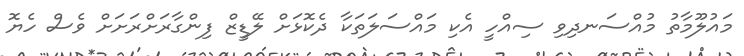
މައުލޫމާތު މުއްސަނދިވި ސިއްހީ އެކި މައްސަލަތަކާ ދެކޮޅަށް ލޭޑީޒް ފިންގާރަށްރަށަށް ވެސް ހެޔޮ